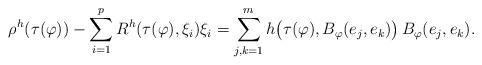
LaTeX: \begin{align*} \rho^h(\tau(\varphi))-\sum_{i=1}^pR^h(\tau(\varphi),\xi_i)\xi_i=\sum_{j,k=1}^mh\big(\tau(\varphi), B_{\varphi}(e_j,e_k)\big)\,B_{\varphi}(e_j,e_k).\end{align*}